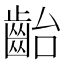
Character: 齝